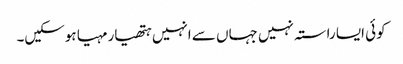
کوئی ایسا راستہ نہیں جہاں سے انہیں ہتھیار مہیا ہوسکیں۔